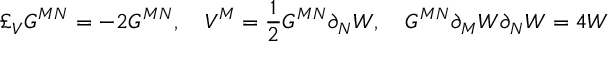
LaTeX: \pounds _ { V } G ^ { M N } = - 2 G ^ { M N } , \quad V ^ { M } = \frac { 1 } { 2 } G ^ { M N } \partial _ { N } W , \quad G ^ { M N } \partial _ { M } W { } \partial _ { N } W = 4 W